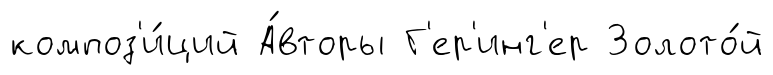
композ'и́ций А́вторы Г'ер'инг'ер Золото́й